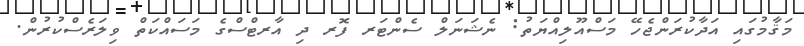
މަޤާމުގައި އަދާކުރަންޖެހޭ މަސްއޫލިއްޔަތު: ނެޝަނަލް ސެންޓަރ ފޮރ ދި އާރޓްސްގެ މަސައްކަތް ވިލަރެސްކުރުން.